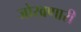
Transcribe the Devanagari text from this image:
जोखणारी